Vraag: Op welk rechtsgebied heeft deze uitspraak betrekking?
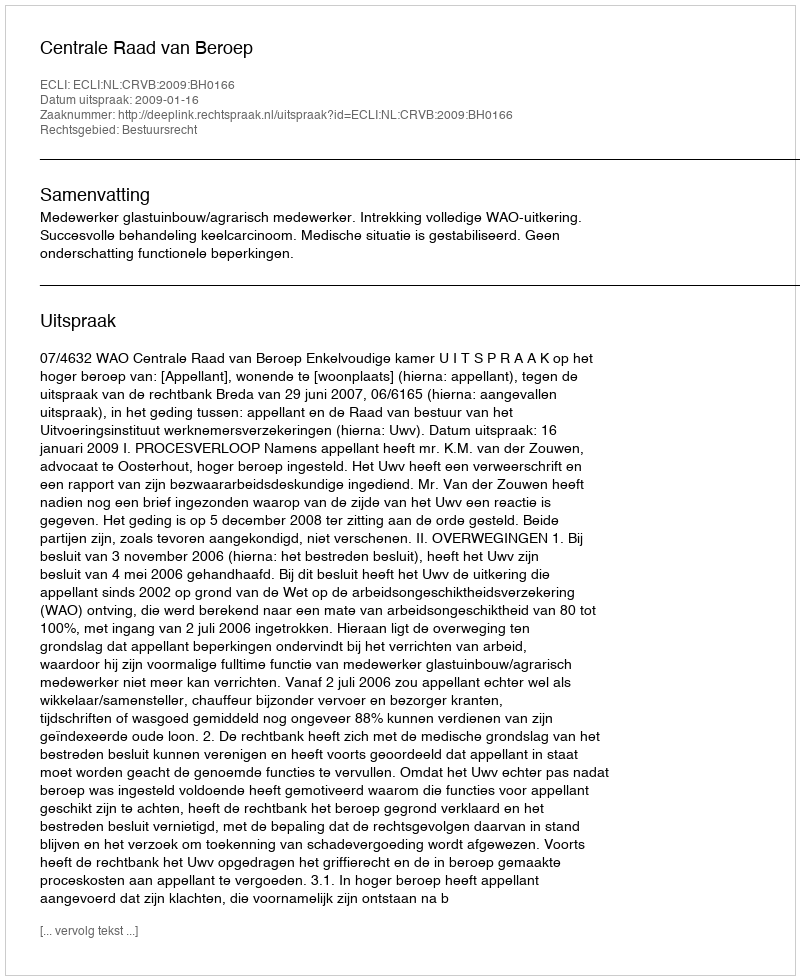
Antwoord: Bestuursrecht